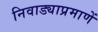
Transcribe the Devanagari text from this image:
निवाड्याप्रमाणें